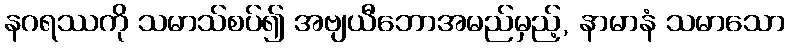
နဂရဿကို သမာသ်စပ်၍ အဗျယီဘောအမည်မှည့်, နာမာနံ သမာသော